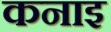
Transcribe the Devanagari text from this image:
कनाइ